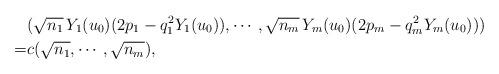
LaTeX: \begin{align*}& (\sqrt{n_1}\,Y_1(u_0)(2p_1-q_1^2Y_1 (u_0)), \cdots, \sqrt{n_m}\, Y_m (u_0)(2p_m-q_m^2Y_m(u_0))) \\= & c(\sqrt{n_1}, \cdots, \sqrt{n_m}), \end{align*}